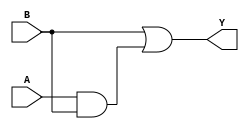
module combinational_logic (
    input wire A,  // Input A
    input wire B,  // Input B
    output wire Y  // Output Y
);

    // Implementing the logic based on the optimized logic expression derived from the truth table
    // Y = B + (A & B) (which is effectively B when A is 0, and can be either 0 or 1 when A is 1)
    assign Y = B | (A & B);

endmodule